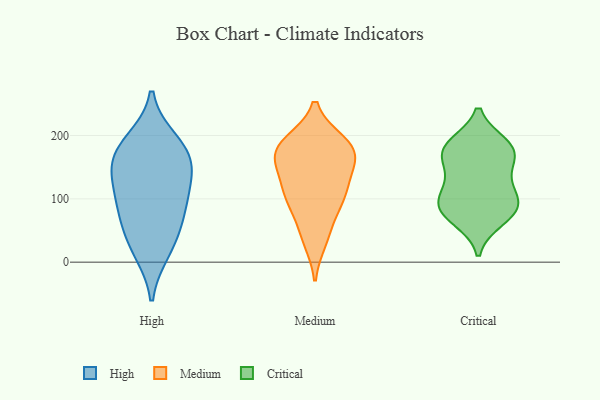
{"axis": {"x": "Churn Rate (%)", "y": "Value"}, "legend": ["Critical", "High", "Medium"], "data": [{"x": "", "y": 78, "type": "High"}, {"x": "", "y": 174, "type": "High"}, {"x": "", "y": 190, "type": "High"}, {"x": "", "y": 168, "type": "High"}, {"x": "", "y": 153, "type": "High"}, {"x": "", "y": 111, "type": "High"}, {"x": "", "y": 35, "type": "High"}, {"x": "", "y": 19, "type": "High"}, {"x": "", "y": 129, "type": "High"}, {"x": "", "y": 80, "type": "High"}, {"x": "", "y": 184, "type": "Medium"}, {"x": "", "y": 35, "type": "Medium"}, {"x": "", "y": 178, "type": "Medium"}, {"x": "", "y": 154, "type": "Medium"}, {"x": "", "y": 48, "type": "Medium"}, {"x": "", "y": 95, "type": "Medium"}, {"x": "", "y": 110, "type": "Medium"}, {"x": "", "y": 159, "type": "Medium"}, {"x": "", "y": 136, "type": "Medium"}, {"x": "", "y": 98, "type": "Medium"}, {"x": "", "y": 189, "type": "Medium"}, {"x": "", "y": 107, "type": "Medium"}, {"x": "", "y": 184, "type": "Medium"}, {"x": "", "y": 175, "type": "Medium"}, {"x": "", "y": 83, "type": "Critical"}, {"x": "", "y": 92, "type": "Critical"}, {"x": "", "y": 161, "type": "Critical"}, {"x": "", "y": 82, "type": "Critical"}, {"x": "", "y": 126, "type": "Critical"}, {"x": "", "y": 91, "type": "Critical"}, {"x": "", "y": 171, "type": "Critical"}, {"x": "", "y": 180, "type": "Critical"}, {"x": "", "y": 68, "type": "Critical"}, {"x": "", "y": 120, "type": "Critical"}, {"x": "", "y": 180, "type": "Critical"}, {"x": "", "y": 185, "type": "Critical"}]}